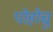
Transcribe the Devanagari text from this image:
पोहोचु